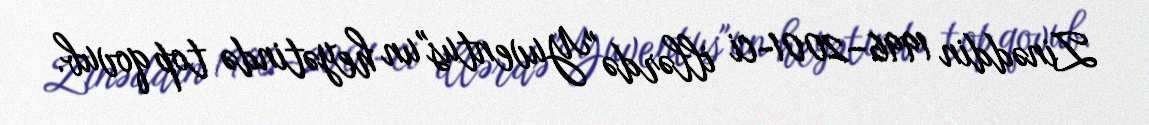
Zinəddin 1996–2001-ci illərdə "Yuventus"un heyətində top qovub.